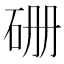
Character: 𥑬